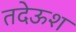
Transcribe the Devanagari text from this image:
तदेऊश